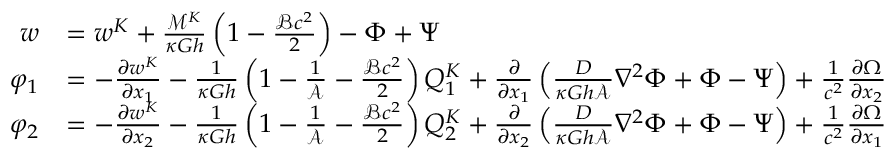
{ \begin{array} { r l } { w } & { = w ^ { K } + { \frac { { \mathcal { M } } ^ { K } } { \kappa G h } } \left( 1 - { \frac { { \mathcal { B } } c ^ { 2 } } { 2 } } \right) - \Phi + \Psi } \\ { \varphi _ { 1 } } & { = - { \frac { \partial w ^ { K } } { \partial x _ { 1 } } } - { \frac { 1 } { \kappa G h } } \left( 1 - { \frac { 1 } { \mathcal { A } } } - { \frac { { \mathcal { B } } c ^ { 2 } } { 2 } } \right) Q _ { 1 } ^ { K } + { \frac { \partial } { \partial x _ { 1 } } } \left( { \frac { D } { \kappa G h { \mathcal { A } } } } \nabla ^ { 2 } \Phi + \Phi - \Psi \right) + { \frac { 1 } { c ^ { 2 } } } { \frac { \partial \Omega } { \partial x _ { 2 } } } } \\ { \varphi _ { 2 } } & { = - { \frac { \partial w ^ { K } } { \partial x _ { 2 } } } - { \frac { 1 } { \kappa G h } } \left( 1 - { \frac { 1 } { \mathcal { A } } } - { \frac { { \mathcal { B } } c ^ { 2 } } { 2 } } \right) Q _ { 2 } ^ { K } + { \frac { \partial } { \partial x _ { 2 } } } \left( { \frac { D } { \kappa G h { \mathcal { A } } } } \nabla ^ { 2 } \Phi + \Phi - \Psi \right) + { \frac { 1 } { c ^ { 2 } } } { \frac { \partial \Omega } { \partial x _ { 1 } } } } \end{array} }